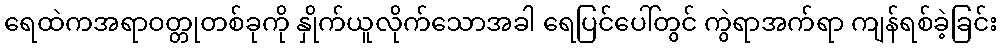
ရေထဲကအရာဝတ္တုတစ်ခုကို နှိုက်ယူလိုက်သောအခါ ရေပြင်ပေါ်တွင် ကွဲရာအက်ရာ ကျန်ရစ်ခဲ့ခြင်း